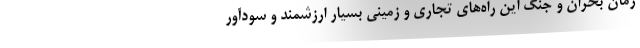
زمان بحران و جنگ این راه‌های تجاری و زمینی بسیار ارزشمند و سودآور